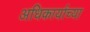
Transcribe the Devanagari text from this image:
अधिकार्याच्या